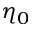
\eta _ { 0 }